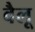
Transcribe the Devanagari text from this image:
वैलू